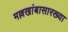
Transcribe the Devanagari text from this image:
मल्लखांबासारख्या